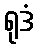
ရုဒံ